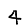
Digit: 4